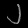
Digit: ၂